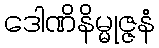
ဒေါဏိနိမ္မုဇ္ဇနံ